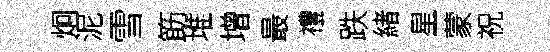
炯泥雪筯堆增最禮跌緖星蒙祝